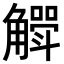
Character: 𮗶